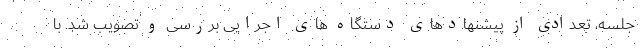
جلسه، تعدادی از پیشنهادهای دستگاه های اجرایی بررسی و تصویب شد. با